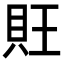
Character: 𧴽